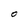
Character: O